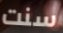
سنت